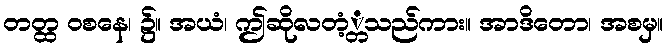
တတ္ထ ဝစနေ၊ ၌။ အယံ၊ ဤဆိုလတံ့္တသည်ကား။ အာဒိတော၊ အစမှ။